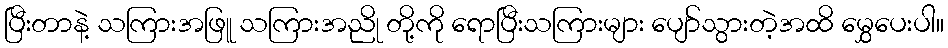
ပြီးတာနဲ့ သကြားအဖြူ သကြားအညို တို့ကို ရောပြီးသကြားများ ပျော်သွားတဲ့အထိ မွှေပေးပါ။